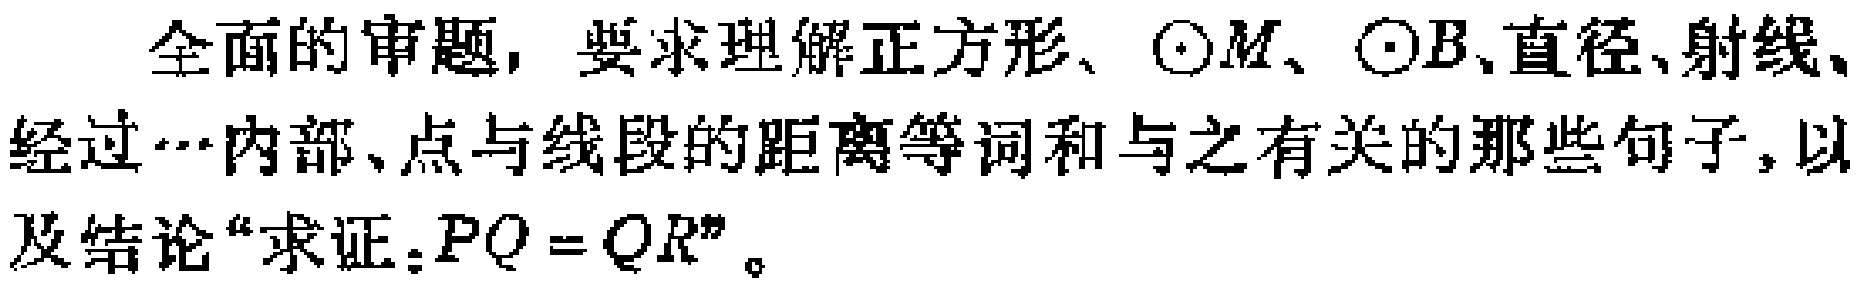
全面的审题，要求理解正方形、\(\odot M\)、\(\odot B\)、直径、射线、经过…内部、点与线段的距离等词和与之有关的那些句子，以及结论“求证：\(PQ = QR\)”。